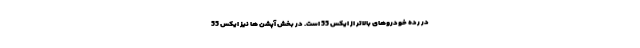
در رده خودروهای بالاتر از ایکس 55 است. در بخش آپشن ها نیز ایکس 55